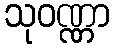
သုဝဏ္ဏာ